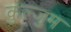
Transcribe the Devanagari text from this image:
कुल्जुम